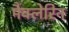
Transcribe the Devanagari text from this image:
मैक्लेरिन